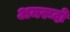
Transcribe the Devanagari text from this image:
अमरूदों